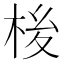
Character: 𪲏